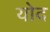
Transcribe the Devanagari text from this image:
योद